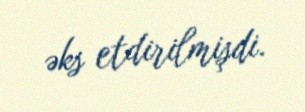
əks etdirilmişdi.